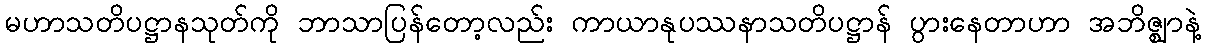
မဟာသတိပဋ္ဌာနသုတ်ကို ဘာသာပြန်တော့လည်း ကာယာနုပဿနာသတိပဋ္ဌာန် ပွားနေတာဟာ အဘိဇ္ဈာနဲ့